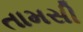
તામસી